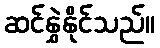
ဆင်နွှဲနိုင်သည်။